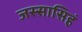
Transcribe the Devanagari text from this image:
जस्सासिहं